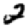
Digit: 2